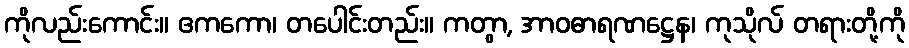
ကိုလည်းကောင်း။ ဧကကော၊ တပေါင်းတည်း။ ကတွာ, အာဝဓာရဏဋ္ဌေန၊ ကုသိုလ် တရားတို့ကို